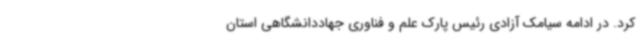
کرد. در ادامه سیامک آزادی رئیس پارک علم و فناوری جهاددانشگاهی استان